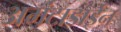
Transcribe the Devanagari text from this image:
अमंटाडाईन